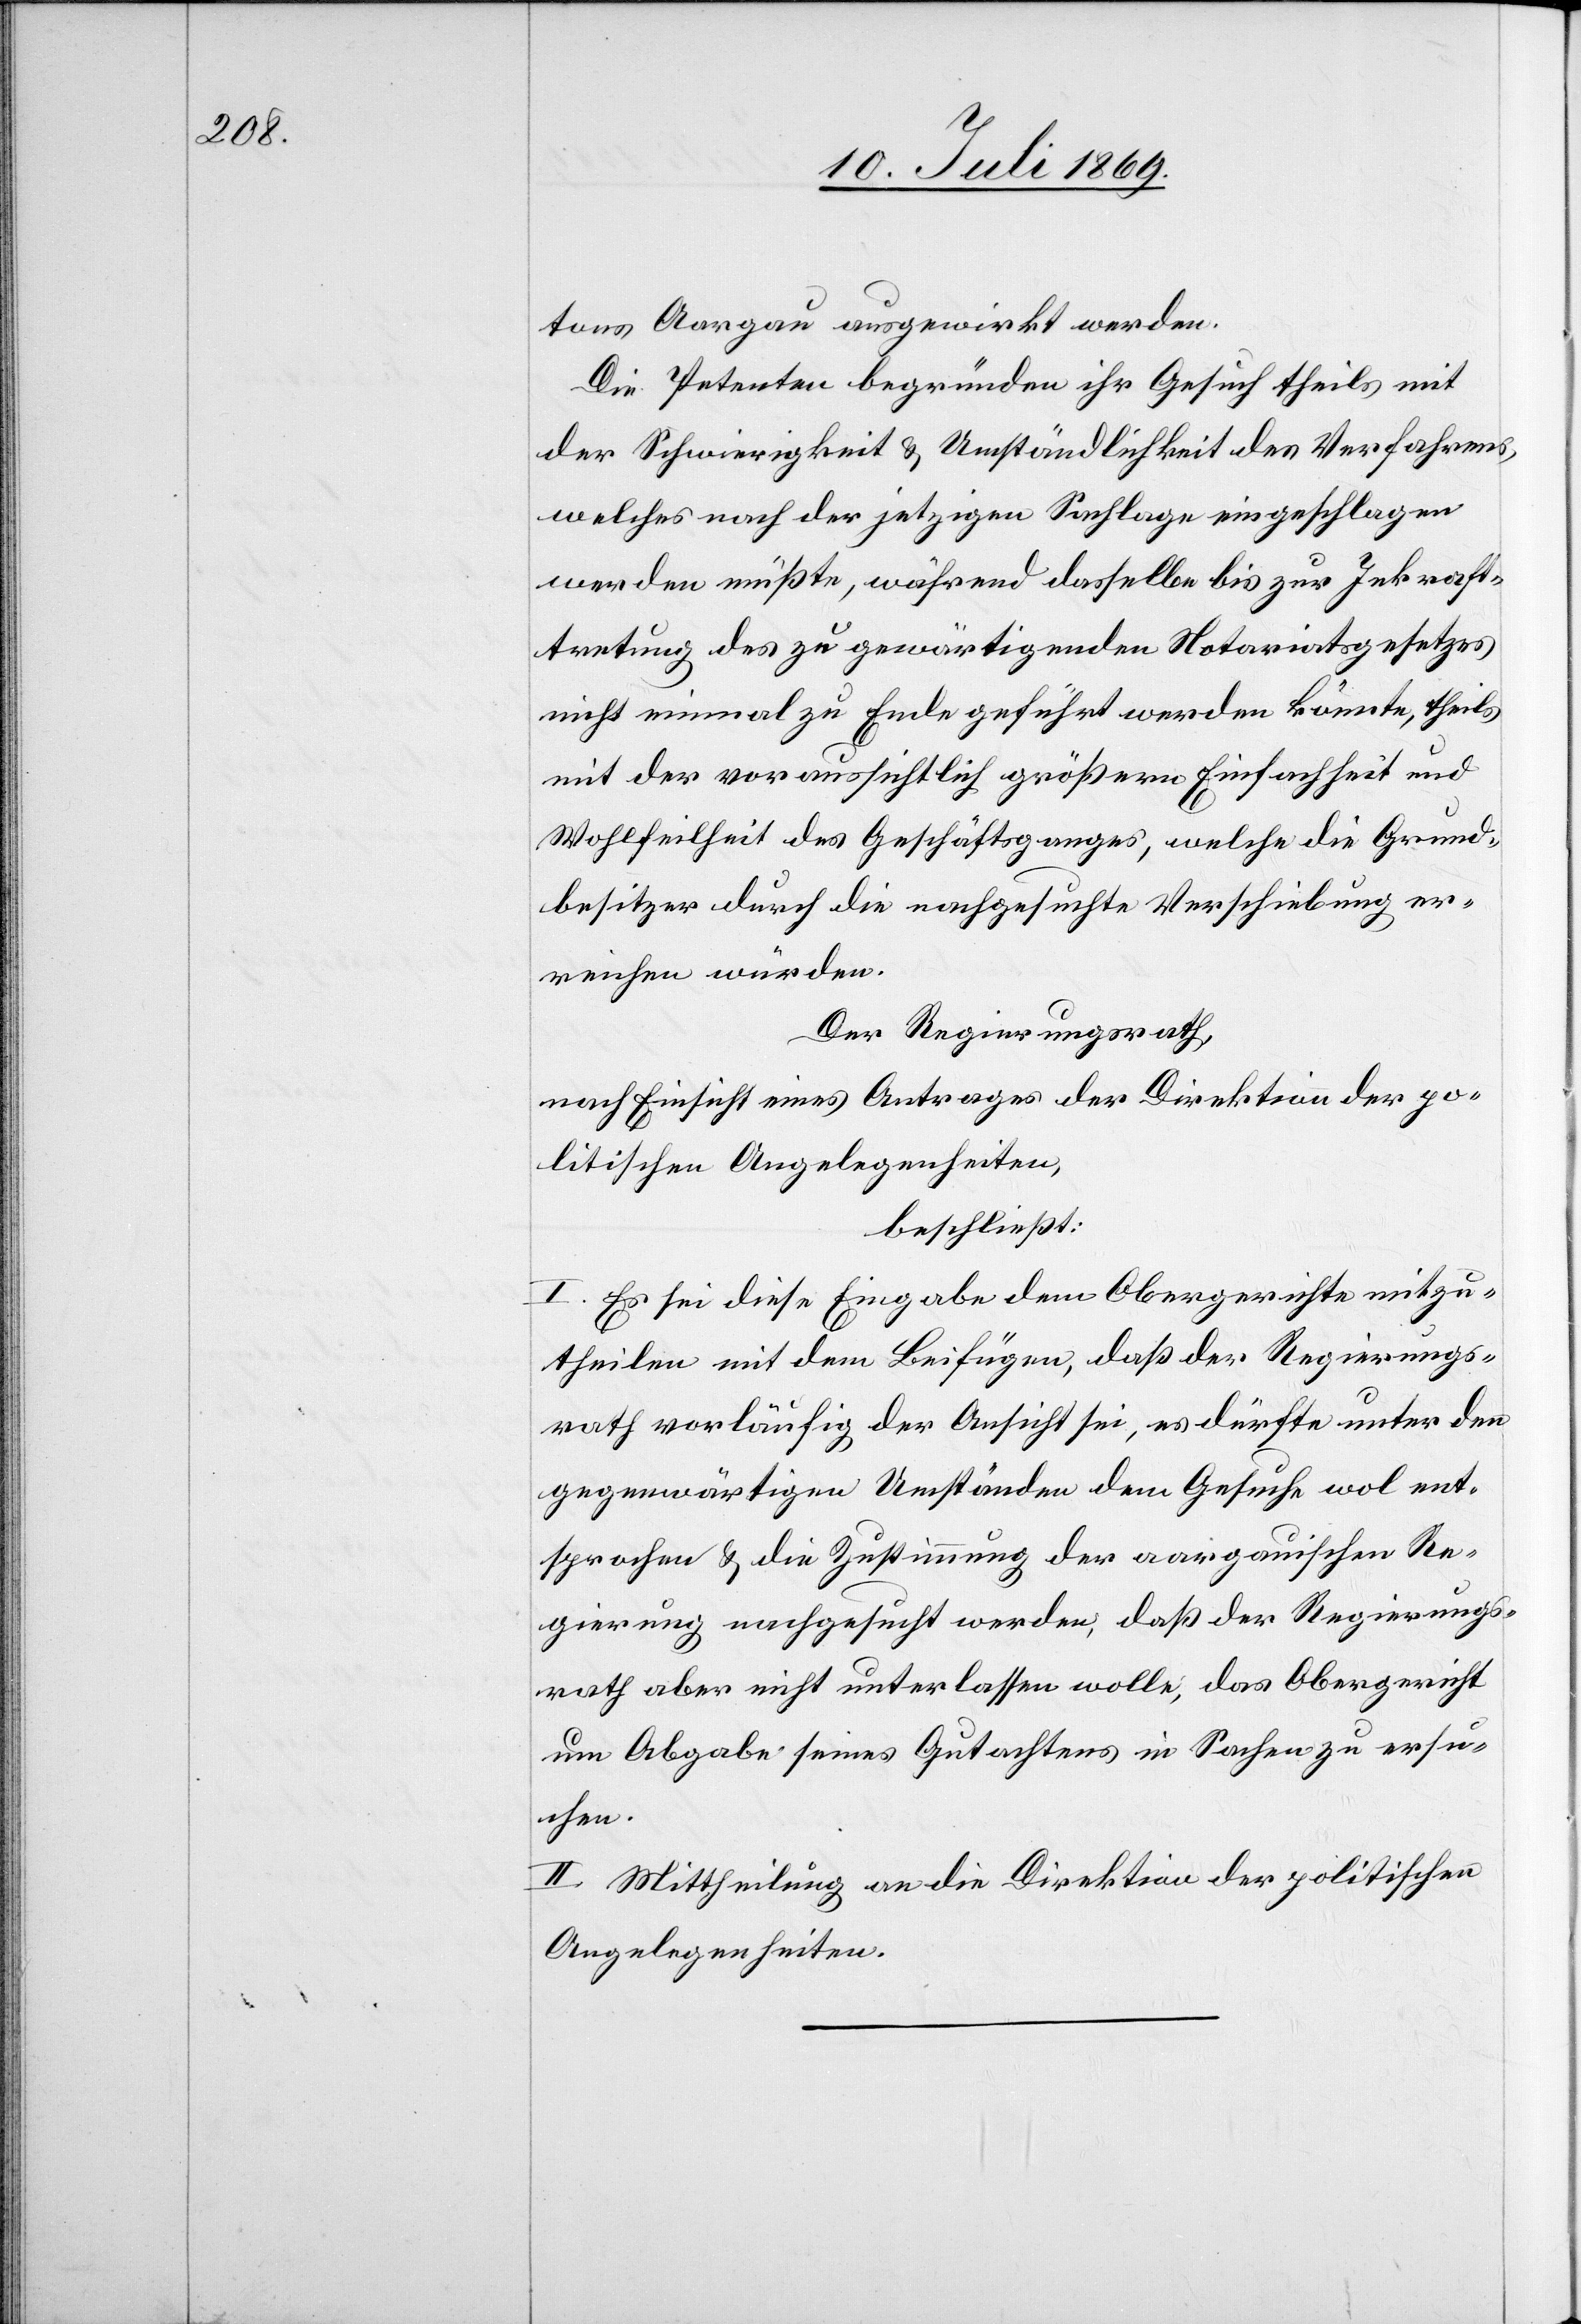
tons Aargau auswirkt werden.
Die Petenten begründen ihr Gesuch theils mit
der Schwierigkeit u. Umständlichkeit des Verfahrens,
welches nach der jetzigen Sachlage eingeschlagen
werden müßte, während derselbe bis zur Inkraft¬
tretung des zu gewärtigenden Notariatsgesetzes
nicht einmal zu Ende geführt werden könnte, theils
mit der voraussichtlich größern Einfachheit und
Wohlfeilheit des Geschäftsganges, welche die Grund¬
besitzer durch die nachgesuchte Verschiebung er¬
reichen würden.
Der Regierungsrath,
nach Einsicht eines Antrages der Direktion der po¬
litischen Angelegenheiten,
beschließt:
I. Es sei diese Eingabe dem Obergerichte mitzu¬
theilen mit dem Beifügen, daß der Regierungs¬
rath vorläufig der Ansicht sei, es dürfte unter den
gegenwärtigen Umständen dem Gesuche wol ent¬
sprochen u. die Zustimmung der aargauischen Re¬
gierung nachgesucht werden, daß der Regierungs¬
rath aber nicht unterlassen wolle, das Obergericht
um Abgabe seines Gutachtens in Sachen zu ersu¬
chen.
II. Mittheilung an die Direktion der politischen
Angelegenheiten.